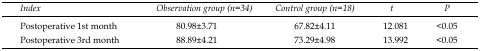
| Index | Observation group (n=34) | Control group (n=18) | t | P |
 | --- | --- | --- | --- | --- |
 | Postoperative 1st month | 80.98±3.71 | 67.82±4.11 | 12.081 | <0.05 |
 | Postoperative 3rd month | 88.89±4.21 | 73.29±4.98 | 13.992 | <0.05 |